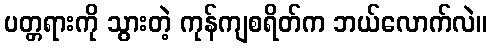
ပတ္တရားကို သွားတဲ့ ကုန်ကျစရိတ်က ဘယ်လောက်လဲ။